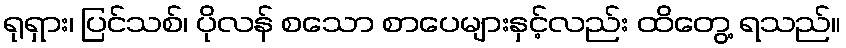
ရုရှား၊ ပြင်သစ်၊ ပိုလန် စသော စာပေများနှင့်လည်း ထိတွေ့ ရသည်။